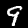
Digit: 9